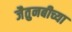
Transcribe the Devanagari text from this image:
जैतुनबीच्या